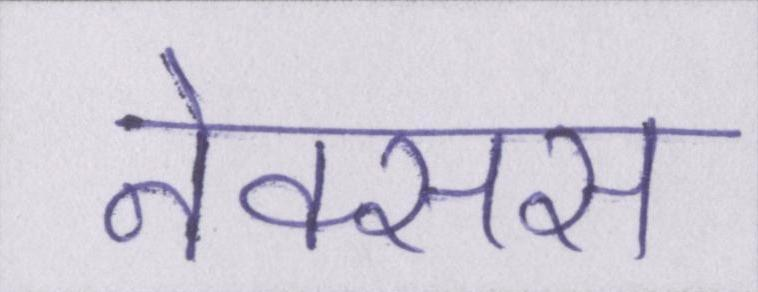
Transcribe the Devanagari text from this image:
नेक्सस